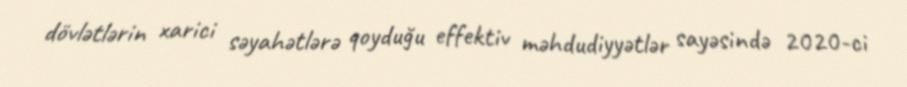
dövlətlərin xarici səyahətlərə qoyduğu effektiv məhdudiyyətlər sayəsində 2020-ci